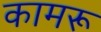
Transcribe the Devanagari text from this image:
कामरू